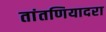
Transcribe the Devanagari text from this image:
तांतणियादरा